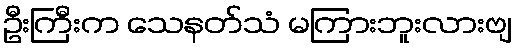
ဦးကြီးက သေနတ်သံ မကြားဘူးလားဗျ